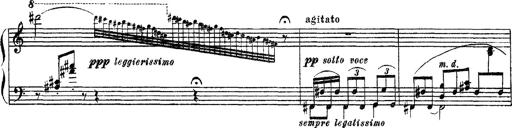
Title: Apparitions
Composer: Franz Liszt